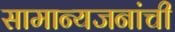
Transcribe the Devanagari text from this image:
सामान्यजनांची